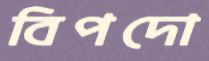
বিপদো